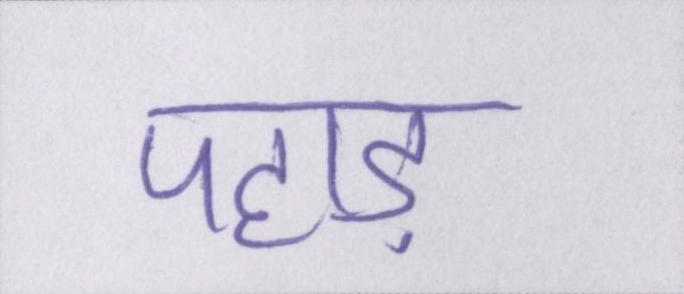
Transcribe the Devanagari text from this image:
पहाड़